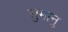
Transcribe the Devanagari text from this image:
सुमानु